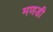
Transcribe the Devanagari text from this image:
मणडी